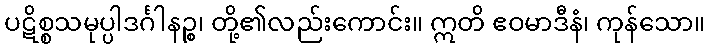
ပဋိစ္စသမုပ္ပါဒင်္ဂါနဉ္စ၊ တို့၏လည်းကောင်း။ ဣတိ ဧဝမာဒီနံ၊ ကုန်သော။